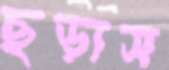
ছড়াস